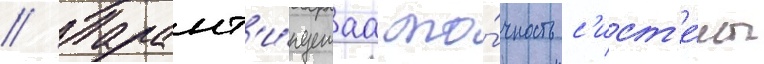
// Гарант'и́руемаа то́чность с'ист'е́мы